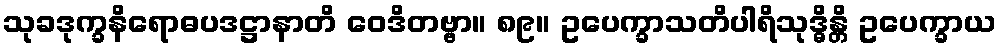
သုခဒုက္ခနိရောဓပဒဋ္ဌာနာတိ ဝေဒိတဗ္ဗာ။ ၈၉။ ဥပေက္ခာသတိပါရိသုဒ္ဓိန္တိ ဥပေက္ခာယ